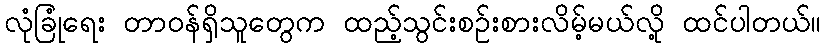
လုံခြုံရေး တာဝန်ရှိသူတွေက ထည့်သွင်းစဉ်းစားလိမ့်မယ်လို့ ထင်ပါတယ်။